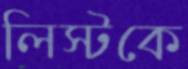
লিস্টকে